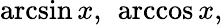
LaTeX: \arcsin x,\ \operatorname{arccos}x,